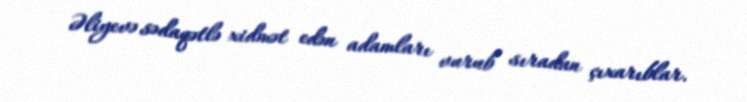
Əliyevə sədaqətlə xidmət edən adamları vurub sıradan çıxarıblar.